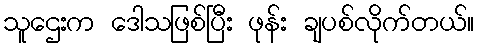
သူဌေးက ဒေါသဖြစ်ပြီး ဖုန်း ချပစ်လိုက်တယ်။